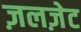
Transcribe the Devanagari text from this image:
ज़लज़ेट